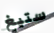
ستيغ